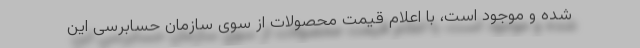
شده و موجود است، با اعلام قیمت محصولات از سوی سازمان حسابرسی این